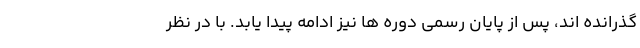
گذرانده اند، پس از پایان رسمی دوره ها نیز ادامه پیدا یابد. با در نظر